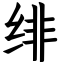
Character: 绯